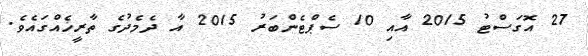
27 އޮގަސްޓު 2015 އާއި 10 ސެޕްޓެންބަރު 2015 އާ ދެމެދުގެ ތާރީޚެއްގައެވެ.